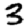
Digit: 3